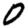
Digit: 0